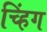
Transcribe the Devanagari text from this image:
च्हिंग